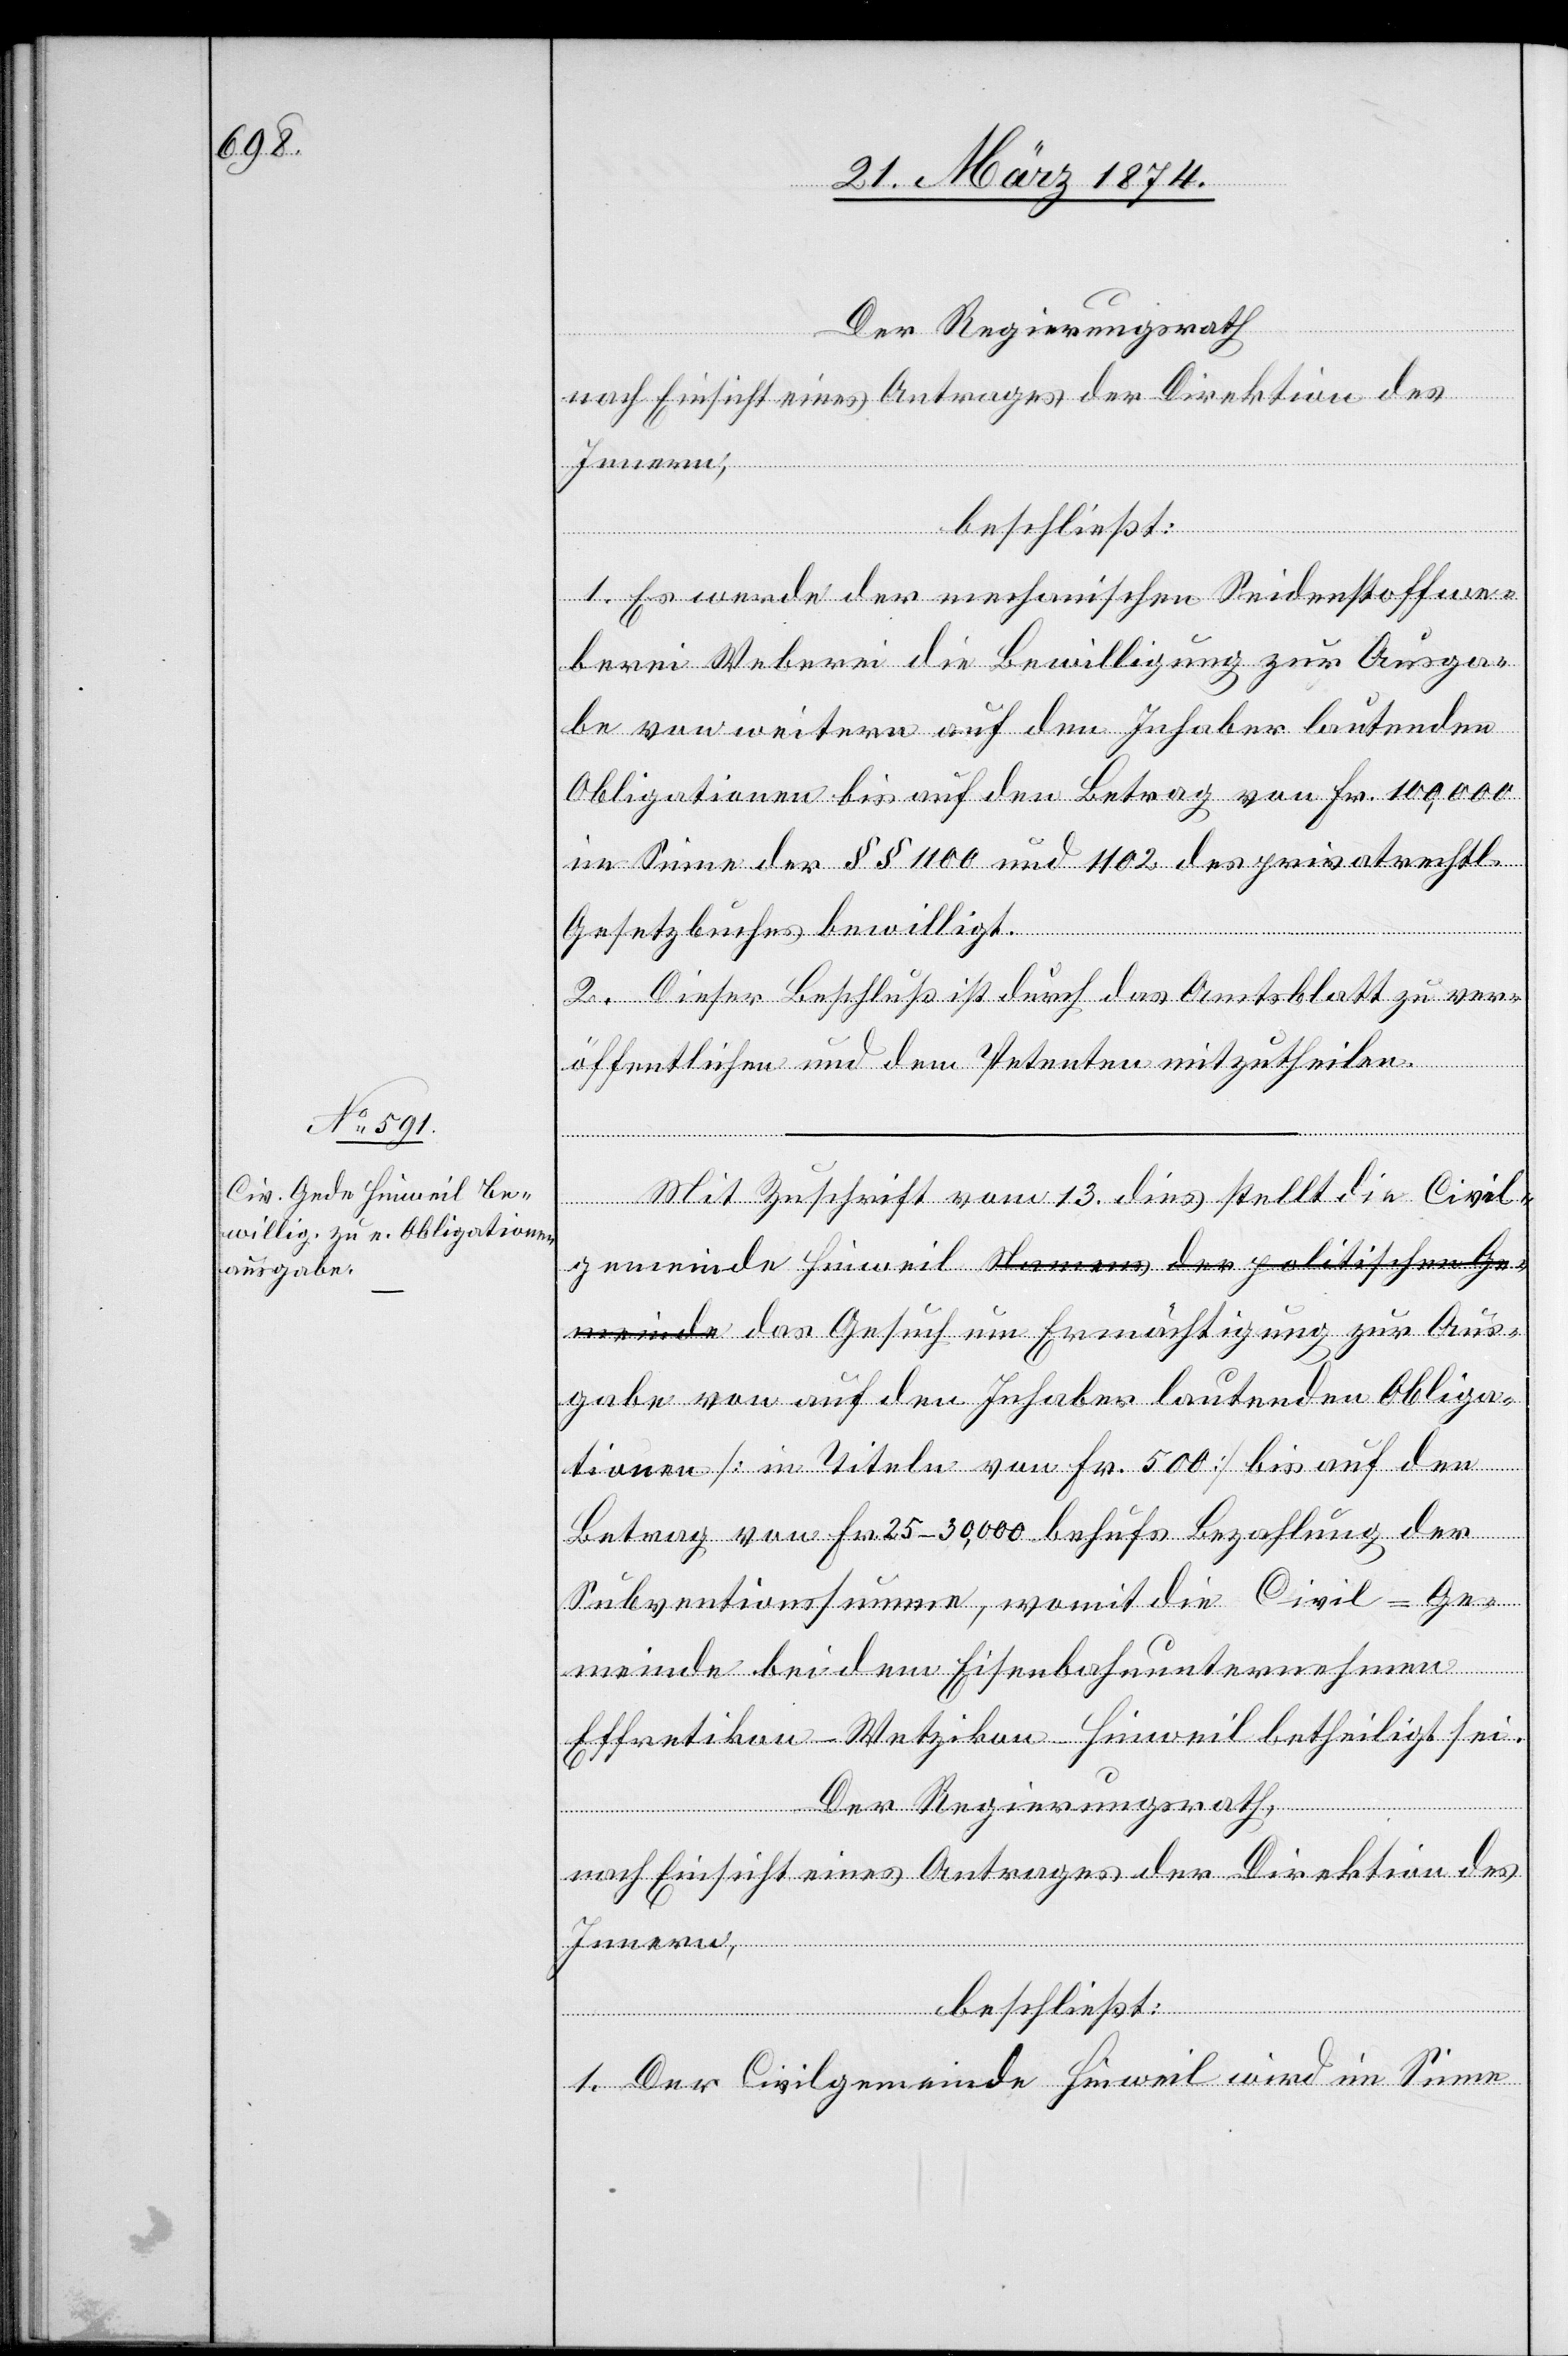
Der Regierungsrath,
nach Einsicht eines Antrages der Direktion des
Innern,
beschließt:
1. Es werde der mechanischen Seidenstoffwe¬
berei Weberei [sic!] die Bewilligung zur Ausga¬
be von weitern auf den Inhaber lautenden
Obligationen bis auf den Betrag von Fr. 100,000
im Sinne der §§ 1100 und 1102 des privatrechtl.
Gesetzbuches bewilligt.
2. Dieser Beschluß ist durch das Amtsblatt zu ver¬
öffentlichen und dem Petenten mitzutheilen.
Mit Zuschrift vom 13. dies stellt die Civil¬
gemeinde Hinweil a-Namens der politischen Ge¬
meinde-a das Gesuch um Ermächtigung zur Aus¬
gabe von auf den Inhaber lautenden Obliga¬
tionen [in Titeln von Fr. 500] bis auf den
Betrag von Fr. 25–30,000 behufs Bezahlung der
Subventionssumme, womit die Civil-Ge¬
meinde bei dem Eisenbahnunternehmen
Effretikon-Wetzikon-Hinweil betheiligt sei.
Innern,
beschließt:
1. Der Civilgemeinde Hinweil wird im Sinne